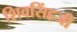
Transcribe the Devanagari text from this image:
शिवसिंहजी